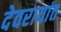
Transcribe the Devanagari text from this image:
देवरायांत